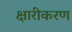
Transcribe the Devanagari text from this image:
क्षारीकरण